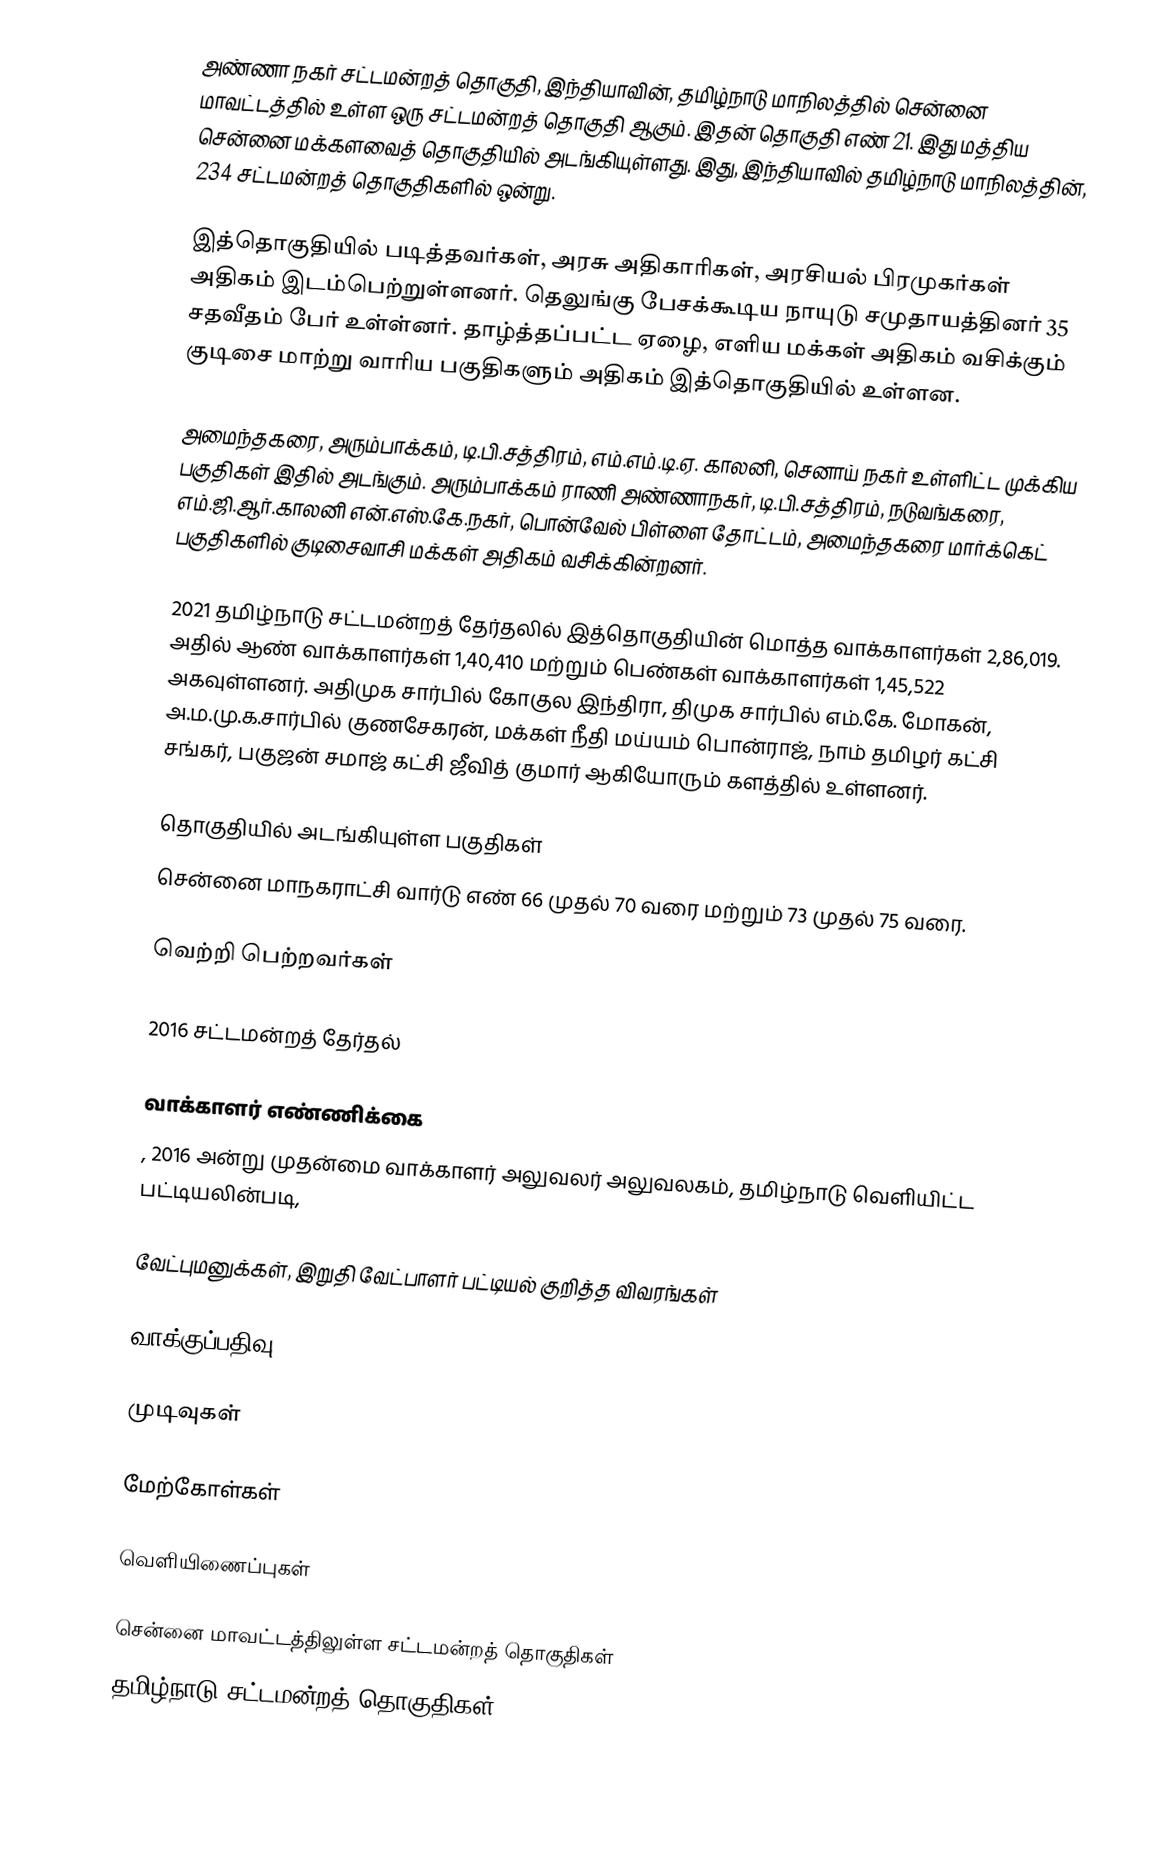
அண்ணா நகர் சட்டமன்றத் தொகுதி, இந்தியாவின், தமிழ்நாடு மாநிலத்தில்  சென்னை மாவட்டத்தில் உள்ள ஒரு சட்டமன்றத் தொகுதி ஆகும். இதன் தொகுதி எண் 21. இது மத்திய சென்னை மக்களவைத் தொகுதியில் அடங்கியுள்ளது. இது, இந்தியாவில் தமிழ்நாடு மாநிலத்தின், 234 சட்டமன்றத் தொகுதிகளில் ஒன்று.

இத்தொகுதியில் படித்தவர்கள், அரசு அதிகாரிகள், அரசியல் பிரமுகர்கள் அதிகம் இடம்பெற்றுள்ளனர். தெலுங்கு பேசக்கூடிய நாயுடு சமுதாயத்தினர் 35 சதவீதம் பேர் உள்ள்னர்.  தாழ்த்தப்பட்ட ஏழை, எளிய மக்கள் அதிகம் வசிக்கும் குடிசை மாற்று வாரிய பகுதிகளும் அதிகம் இத்தொகுதியில் உள்ளன.

அமைந்தகரை, அரும்பாக்கம், டி.பி.சத்திரம், எம்.எம்.டி.ஏ. காலனி, செனாய் நகர் உள்ளிட்ட முக்கிய பகுதிகள் இதில் அடங்கும். அரும்பாக்கம் ராணி அண்ணாநகர், டி.பி.சத்திரம், நடுவங்கரை, எம்.ஜி.ஆர்.காலனி என்.எஸ்.கே.நகர், பொன்வேல் பிள்ளை தோட்டம், அமைந்தகரை மார்க்கெட் பகுதிகளில் குடிசைவாசி மக்கள் அதிகம் வசிக்கின்றனர்.

2021 தமிழ்நாடு சட்டமன்றத் தேர்தலில் இத்தொகுதியின் மொத்த வாக்காளர்கள் 2,86,019. அதில்  ஆண் வாக்காளர்கள் 1,40,410 மற்றும் பெண்கள் வாக்காளர்கள் 1,45,522 அகவுள்ளனர். அதிமுக சார்பில் கோகுல இந்திரா, திமுக சார்பில் எம்.கே. மோகன், அ.ம.மு.க.சார்பில் குணசேகரன், மக்கள் நீதி மய்யம் பொன்ராஜ், நாம் தமிழர் கட்சி சங்கர், பகுஜன் சமாஜ் கட்சி ஜீவித் குமார் ஆகியோரும் களத்தில் உள்ளனர்.

தொகுதியில் அடங்கியுள்ள பகுதிகள்
சென்னை மாநகராட்சி வார்டு எண் 66 முதல் 70 வரை மற்றும் 73 முதல் 75 வரை.

வெற்றி பெற்றவர்கள்

2016 சட்டமன்றத் தேர்தல்

வாக்காளர் எண்ணிக்கை
, 2016 அன்று முதன்மை வாக்காளர் அலுவலர் அலுவலகம், தமிழ்நாடு வெளியிட்ட பட்டியலின்படி,

வேட்புமனுக்கள், இறுதி வேட்பாளர் பட்டியல் குறித்த விவரங்கள்

வாக்குப்பதிவு

முடிவுகள்

மேற்கோள்கள்

வெளியிணைப்புகள்

சென்னை மாவட்டத்திலுள்ள சட்டமன்றத் தொகுதிகள்
தமிழ்நாடு சட்டமன்றத் தொகுதிகள்